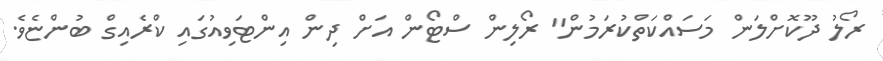
ރޯލު ދޫކޮށްލަން މަސައްކަތްކުރަމުން" ރޯލިން ސްޓޯން އަށް ދިން އިންޓަވިއުގައި ކްރެއިގް ބުންޏެވެ.